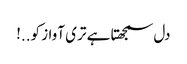
دل سمجھتا ہے تری آواز کو..!